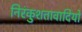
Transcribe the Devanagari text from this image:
निरंकुशतावादियों